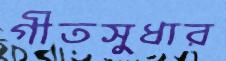
গীতসুধার